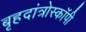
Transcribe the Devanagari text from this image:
बृहदांत्रोस्कॉपी